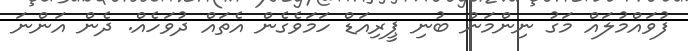
ފުވައްމުލައް މަގު ނިންމަން ބުނި ޕީރިއަޑް ހަމަވެގެން އެތައް ދުވަހެއް. ދެން އަންނަ